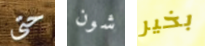
حتى شون بخير